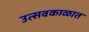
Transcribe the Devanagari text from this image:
उत्सवकाळात